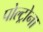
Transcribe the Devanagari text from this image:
पोल्ट्रोना